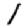
Digit: 1